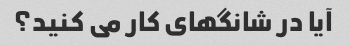
آیا در شانگهای کار می کنید؟